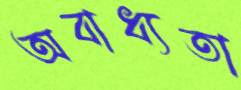
অবাধ্যতা